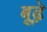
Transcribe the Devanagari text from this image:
बूढ़े़